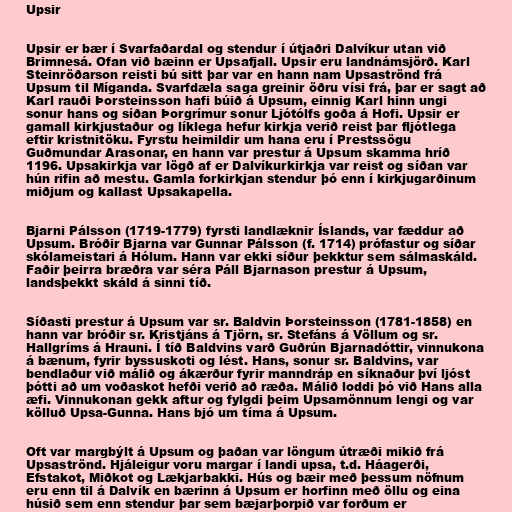
Upsir

Upsir er bær í Svarfaðardal og stendur í útjaðri Dalvíkur utan við
Brimnesá. Ofan við bæinn er Upsafjall. Upsir eru landnámsjörð. Karl
Steinröðarson reisti bú sitt þar var en hann nam Upsaströnd frá
Upsum til Míganda. Svarfdæla saga greinir öðru vísi frá, þar er sagt að
Karl rauði Þorsteinsson hafi búið á Upsum, einnig Karl hinn ungi
sonur hans og síðan Þorgrímur sonur Ljótólfs goða á Hofi. Upsir er
gamall kirkjustaður og líklega hefur kirkja verið reist þar fljótlega
eftir kristnitöku. Fyrstu heimildir um hana eru í Prestssögu
Guðmundar Arasonar, en hann var prestur á Upsum skamma hríð
1196. Upsakirkja var lögð af er Dalvíkurkirkja var reist og síðan var
hún rifin að mestu. Gamla forkirkjan stendur þó enn í kirkjugarðinum
miðjum og kallast Upsakapella.

Bjarni Pálsson (1719-1779) fyrsti landlæknir Íslands, var fæddur að
Upsum. Bróðir Bjarna var Gunnar Pálsson (f. 1714) prófastur og síðar
skólameistari á Hólum. Hann var ekki síður þekktur sem sálmaskáld.
Faðir þeirra bræðra var séra Páll Bjarnason prestur á Upsum,
landsþekkt skáld á sinni tíð.

Síðasti prestur á Upsum var sr. Baldvin Þorsteinsson (1781-1858) en
hann var bróðir sr. Kristjáns á Tjörn, sr. Stefáns á Völlum og sr.
Hallgríms á Hrauni. Í tíð Baldvins varð Guðrún Bjarnadóttir, vinnukona
á bænum, fyrir byssuskoti og lést. Hans, sonur sr. Baldvins, var
bendlaður við málið og ákærður fyrir manndráp en síknaður því ljóst
þótti að um voðaskot hefði verið að ræða. Málið loddi þó við Hans alla
æfi. Vinnukonan gekk aftur og fylgdi þeim Upsamönnum lengi og var
kölluð Upsa-Gunna. Hans bjó um tíma á Upsum.

Oft var margbýlt á Upsum og þaðan var löngum útræði mikið frá
Upsaströnd. Hjáleigur voru margar í landi upsa, t.d. Háagerði,
Efstakot, Miðkot og Lækjarbakki. Hús og bæir með þessum nöfnum
eru enn til á Dalvík en bærinn á Upsum er horfinn með öllu og eina
húsið sem enn stendur þar sem bæjarþorpið var forðum er